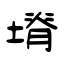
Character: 塉